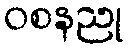
ဝစနညု